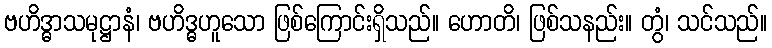
ဗဟိဒ္ဓာသမုဋ္ဌာနံ၊ ဗဟိဒ္ဓဟူသော ဖြစ်ကြောင်းရှိသည်။ ဟောတိ၊ ဖြစ်သနည်း။ တွံ၊ သင်သည်။